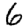
Digit: 6